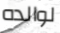
لوالده